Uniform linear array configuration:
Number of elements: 32
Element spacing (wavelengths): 0.5
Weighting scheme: exponential
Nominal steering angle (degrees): -60
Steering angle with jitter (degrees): -58.338
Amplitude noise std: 0.05
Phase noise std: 0.05

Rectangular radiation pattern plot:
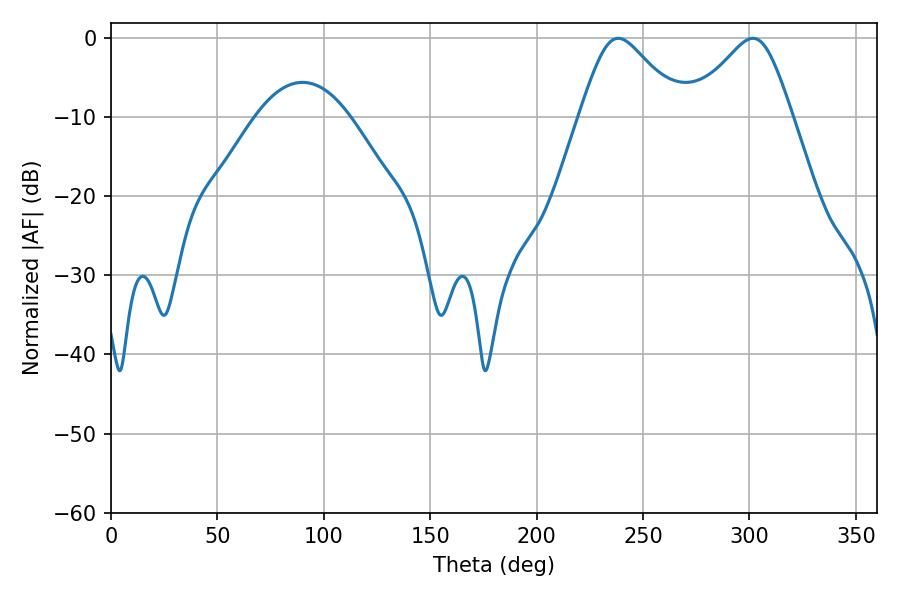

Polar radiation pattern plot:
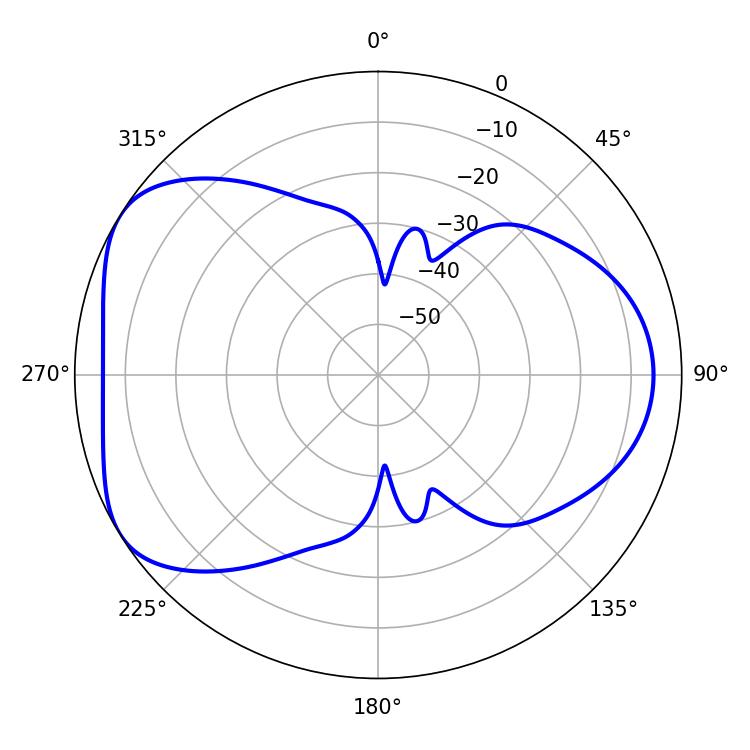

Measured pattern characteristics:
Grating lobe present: FALSE
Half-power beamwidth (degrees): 23.4
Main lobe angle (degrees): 238.32